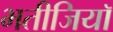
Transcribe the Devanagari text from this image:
भतीजियाॅ